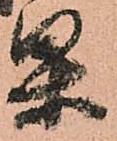
果